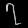
Digit: ၇